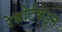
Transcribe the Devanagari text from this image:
रेसोर्टकडून